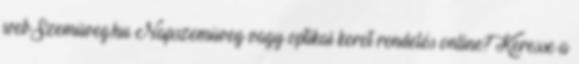
webSzemüveg.hu Napszemüveg vagy optikai keret rendelés online? Keresse a